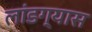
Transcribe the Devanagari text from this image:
लांडग्यास